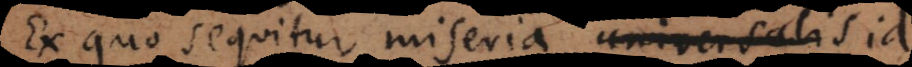
Ex quo sequitur miseria universalis id